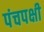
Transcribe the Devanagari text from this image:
पंचपक्षी